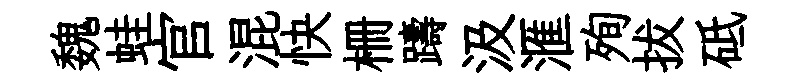
魏蛙官混快栅躊汲滙殉拔砥